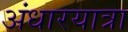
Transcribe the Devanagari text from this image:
अंधारयात्रा